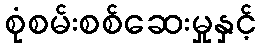
စုံစမ်းစစ်ဆေးမှုနှင့်